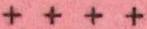
+ + + +